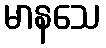
မာနသေ